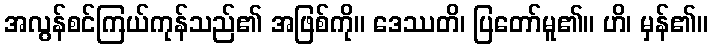
အလွန်စင်ကြယ်ကုန်သည်၏ အဖြစ်ကို။ ဒေဿတိ၊ ပြတော်မူ၏။ ဟိ၊ မှန်၏။